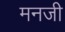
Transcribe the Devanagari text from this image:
मनजी